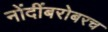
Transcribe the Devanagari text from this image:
नोंदींबरोबरच